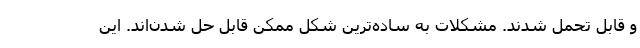
و قابل تحمل شدند. مشکلات به ساده‌ترین شکل ممکن قابل حل شدن‌اند. این